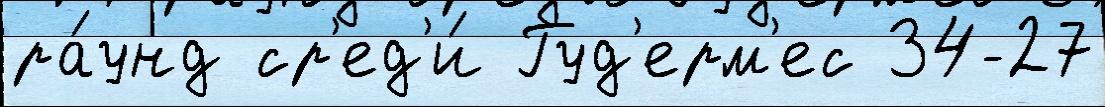
ра́унд ср'ед'и́ Гуд'ерм'ес 34-27